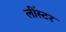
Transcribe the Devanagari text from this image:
लींस्टर